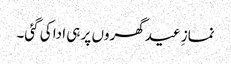
نمازِ عید گھروں پر ہی ادا کی گئی۔